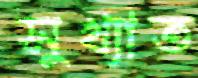
সুখ্যাত